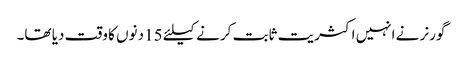
گورنر نے انہیں اکثریت ثابت کرنے کیلئے 15 دنوں کا وقت دیا تھا۔